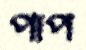
পাপ